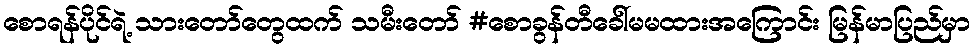
စောရန်ပိုင်ရဲ့ သားတော်တွေထက် သမီးတော် #စောခွန်တီခေါ်မမထားအကြောင်း မြန်မာပြည်မှာ